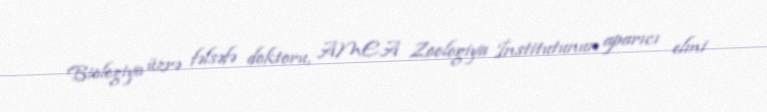
Biologiya üzrə fəlsəfə doktoru, AMEA Zoologiya İnstitutunun aparıcı elmi